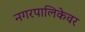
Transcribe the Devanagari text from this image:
नगरपालिकेवर